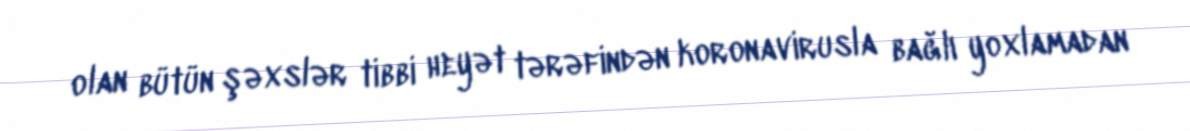
olan bütün şəxslər tibbi heyət tərəfindən koronavirusla bağlı yoxlamadan